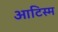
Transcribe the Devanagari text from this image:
आटिस्म